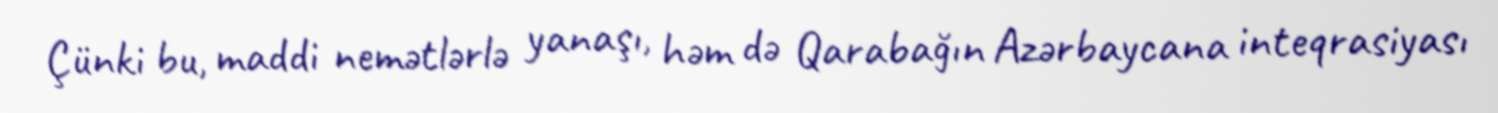
Çünki bu, maddi nemətlərlə yanaşı, həm də Qarabağın Azərbaycana inteqrasiyası